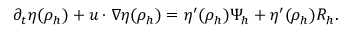
\partial _ { t } \eta ( \rho _ { h } ) + u \cdot \nabla \eta ( \rho _ { h } ) = \eta ^ { \prime } ( \rho _ { h } ) \Psi _ { h } + \eta ^ { \prime } ( \rho _ { h } ) R _ { h } .